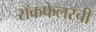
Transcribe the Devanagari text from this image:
रॉकफेलरची